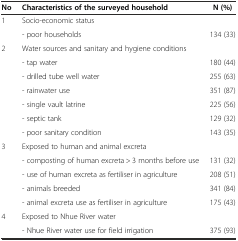
<table><thead><tr><td><b>No</b></td><td><b>Characteristics of the surveyed household</b></td><td><b>N (%)</b></td></tr></thead><tbody><tr><td>1</td><td>Socio-economic status</td><td></td></tr><tr><td></td><td>- poor households</td><td>134 (33)</td></tr><tr><td>2</td><td>Water sources and sanitary and hygiene conditions</td><td> </td></tr><tr><td></td><td>- tap water</td><td>180 (44)</td></tr><tr><td></td><td>- drilled tube well water</td><td>255 (63)</td></tr><tr><td></td><td>- rainwater use</td><td>351 (87)</td></tr><tr><td></td><td>- single vault latrine</td><td>225 (56)</td></tr><tr><td></td><td>- septic tank</td><td>129 (32)</td></tr><tr><td></td><td>- poor sanitary condition</td><td>143 (35)</td></tr><tr><td>3</td><td>Exposed to human and animal excreta</td><td> </td></tr><tr><td></td><td>- composting of human excreta &gt; 3 months before use</td><td>131 (32)</td></tr><tr><td></td><td>- use of human excreta as fertiliser in agriculture</td><td>208 (51)</td></tr><tr><td></td><td>- animals breeded</td><td>341 (84)</td></tr><tr><td></td><td>- animal excreta use as fertiliser in agriculture</td><td>175 (43)</td></tr><tr><td>4</td><td>Exposed to Nhue River water</td><td> </td></tr><tr><td> </td><td>- Nhue River water use for field irrigation</td><td>375 (93)</td></tr></tbody></table>